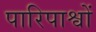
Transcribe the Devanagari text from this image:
पारिपाश्वों